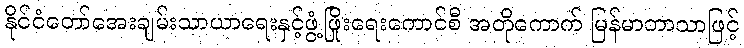
နိုင်ငံတော်အေးချမ်းသာယာရေးနှင့်ဖွံ့ဖြိုးရေးကောင်စီ အတိုကောက် မြန်မာဘာသာဖြင့်